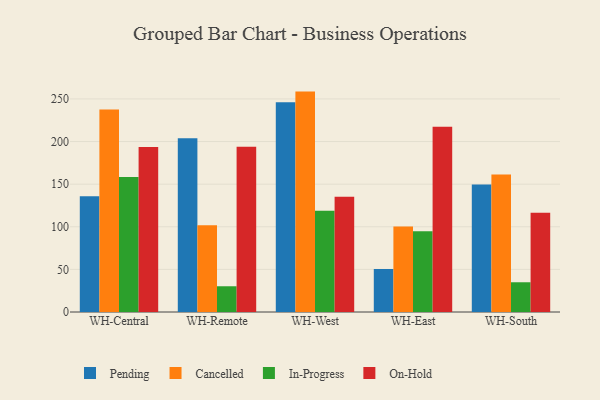
{"axis": {"x": "Warehouse", "y": "Headcount"}, "legend": ["Cancelled", "In-Progress", "On-Hold", "Pending"], "data": [{"x": "WH-Central", "y": 135.9, "type": "Pending"}, {"x": "WH-Central", "y": 237.6, "type": "Cancelled"}, {"x": "WH-Central", "y": 158.4, "type": "In-Progress"}, {"x": "WH-Central", "y": 193.7, "type": "On-Hold"}, {"x": "WH-Remote", "y": 203.9, "type": "Pending"}, {"x": "WH-Remote", "y": 101.9, "type": "Cancelled"}, {"x": "WH-Remote", "y": 30.2, "type": "In-Progress"}, {"x": "WH-Remote", "y": 193.8, "type": "On-Hold"}, {"x": "WH-West", "y": 246.0, "type": "Pending"}, {"x": "WH-West", "y": 258.6, "type": "Cancelled"}, {"x": "WH-West", "y": 118.8, "type": "In-Progress"}, {"x": "WH-West", "y": 135.1, "type": "On-Hold"}, {"x": "WH-East", "y": 50.4, "type": "Pending"}, {"x": "WH-East", "y": 100.4, "type": "Cancelled"}, {"x": "WH-East", "y": 94.7, "type": "In-Progress"}, {"x": "WH-East", "y": 217.3, "type": "On-Hold"}, {"x": "WH-South", "y": 149.6, "type": "Pending"}, {"x": "WH-South", "y": 161.4, "type": "Cancelled"}, {"x": "WH-South", "y": 34.9, "type": "In-Progress"}, {"x": "WH-South", "y": 116.4, "type": "On-Hold"}]}